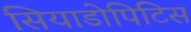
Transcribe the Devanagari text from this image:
सियाडोपिटिस